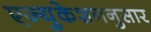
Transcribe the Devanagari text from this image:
एज्युकेशननुसार